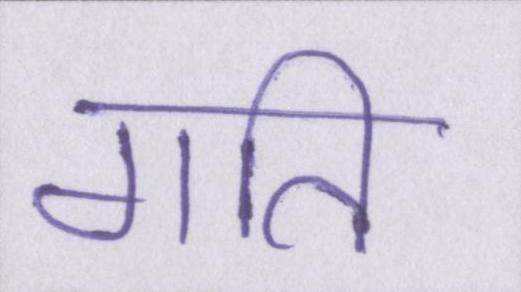
गति